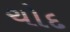
ચોદ